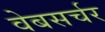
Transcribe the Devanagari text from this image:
वेबसर्चर